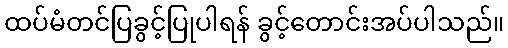
ထပ်မံတင်ပြခွင့်ပြုပါရန် ခွင့်တောင်းအပ်ပါသည်။